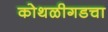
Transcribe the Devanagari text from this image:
कोथळीगडचा